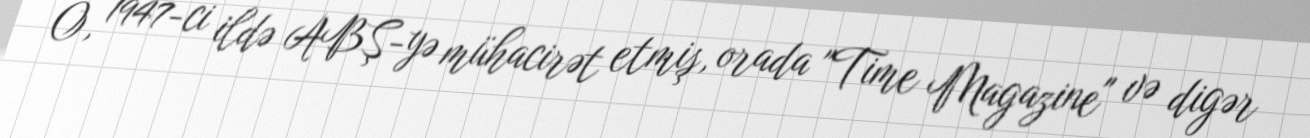
O, 1947-ci ildə ABŞ-yə mühacirət etmiş, orada "Time Magazine" və digər